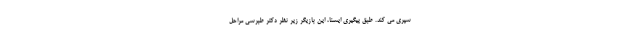
سپری می کند. طبق پیگیری ایسنا، این بازیگر زیر نظر دکتر طبرسی مراحل